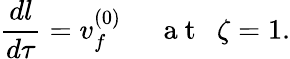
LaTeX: \frac{dl}{d\tau}=v_{f}^{(0)}~~~~~\mathrm{~a~t~}~~\zeta=1.